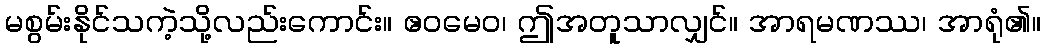
မစွမ်းနိုင်သကဲ့သို့လည်းကောင်း။ ဧဝမေဝ၊ ဤအတူသာလျှင်။ အာရမဏဿ၊ အာရုံ၏။